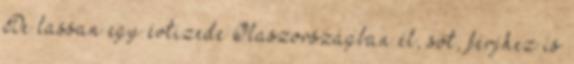
De lassan egy évtizede Olaszországban él, sőt, férjhez is